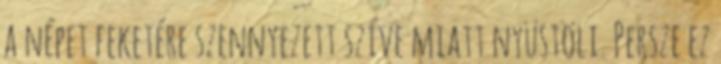
a népet feketére szennyezett szíve miatt nyüstöli. Persze ez